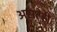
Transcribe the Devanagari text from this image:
असतेही